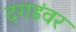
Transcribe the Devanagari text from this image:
दगडंवर